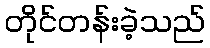
တိုင်တန်းခဲ့သည်